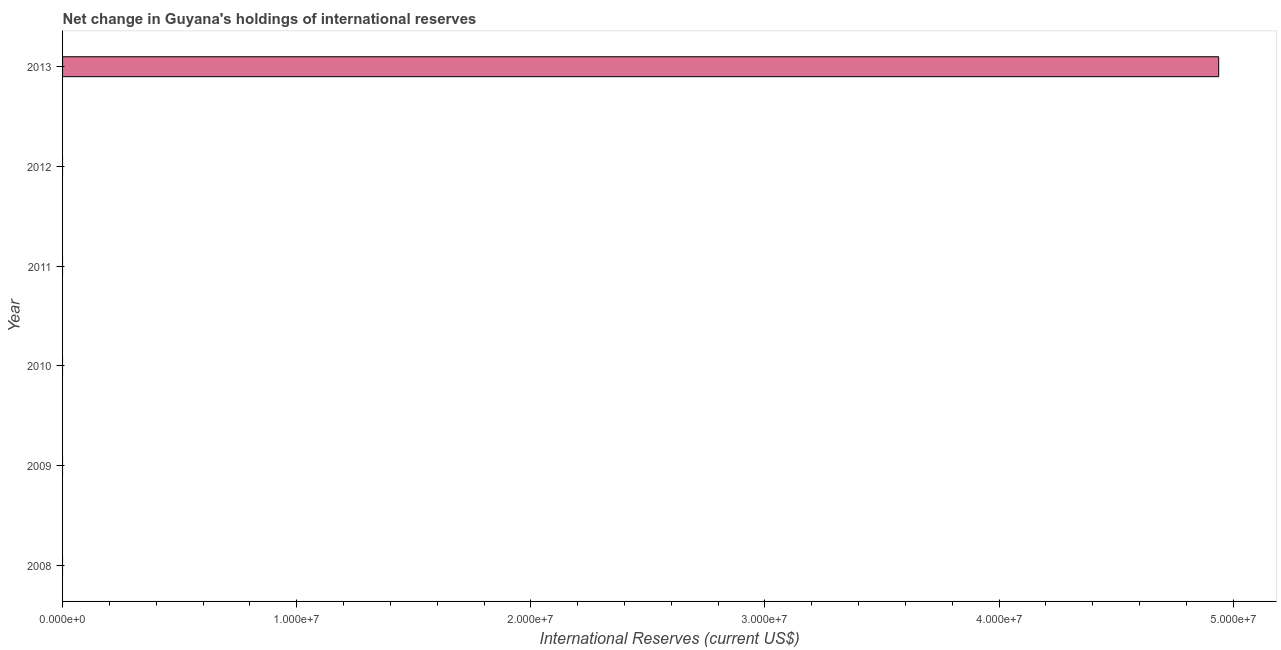
| Year | Reserves and related items |
 | --- | --- |
 | 2008 | -8.2e+07 |
 | 2009 | -3.02e+08 |
 | 2010 | -1.96e+08 |
 | 2011 | -5.47e+07 |
 | 2012 | -1.11e+08 |
 | 2013 | 4.94e+07 |